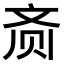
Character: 𬹳